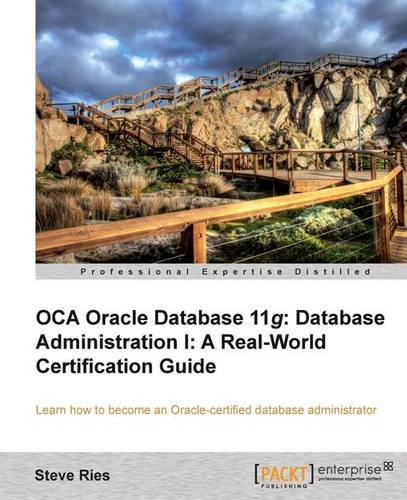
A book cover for OCA Oracle Database 11g: Database Administration I: A Real-World Certification Guide; Steve Ries; Computers & Technology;